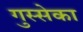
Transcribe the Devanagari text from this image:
गुस्सेका